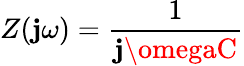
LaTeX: Z(\mathbf{j}\omega)={\frac{{1}}{{\mathbf{j}\omegaC}}}